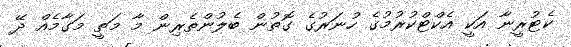
ކެޓުރީނާ އަކީ އެކްޓްކުރުމުގެ ހުނަރުގެ ގޮތުން ބެލުންތެރިން މާ މަތީ މަގާމެއް ދޭ